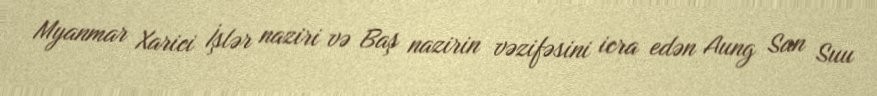
Myanmar Xarici İşlər naziri və Baş nazirin vəzifəsini icra edən Aung San Suu